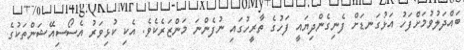
ބައްދަލުވުމަށްފަހު އަޅުގަނޑަށް ފެނިގެންދިޔައީ ފަހުގެ ތާރީހުގައި ނުފެންނަ މަންޒަރެކެވެ. އެކި ކުޅިވަރު އެސޯސިއޭޝަންތަކުގެ